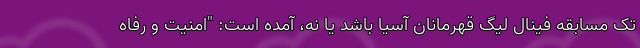
تک مسابقه فینال لیگ قهرمانان آسیا باشد یا نه، آمده است: "امنیت و رفاه